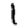
Digit: 1